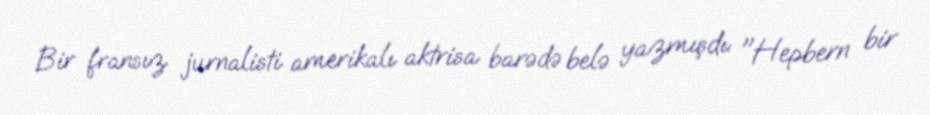
Bir fransız jurnalisti amerikalı aktrisa barədə belə yazmışdı: "Hepbern bir